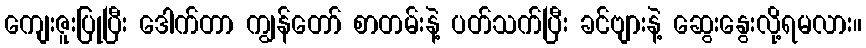
ကျေးဇူးပြုပြီး ဒေါက်တာ ကျွန်တော် စာတမ်းနဲ့ ပတ်သက်ပြီး ခင်ဗျားနဲ့ ဆွေးနွေးလို့ရမလား။